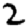
Digit: 2